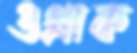
ওগ্‌রাক